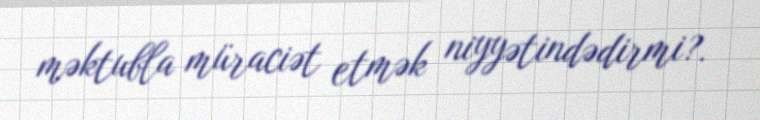
məktubla müraciət etmək niyyətindədirmi?.